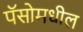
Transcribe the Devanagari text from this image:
पॅसोमधील